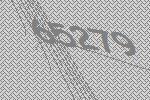
65279